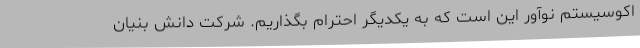
اکوسیستم نوآور این است که به یکدیگر احترام بگذاریم. شرکت دانش بنیان